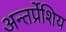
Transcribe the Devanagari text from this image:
अन्तर्प्रेशिय